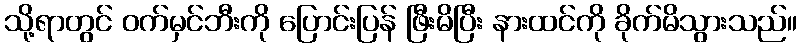
သို့ရာတွင် ဝက်မှင်ဘီးကို ပြောင်းပြန် ဖြီးမိပြီး နားထင်ကို ခိုက်မိသွားသည်။